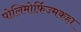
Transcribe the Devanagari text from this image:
पोलिमोर्फ़िज्मकहा